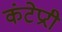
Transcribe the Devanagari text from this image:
कंटेप्ररी